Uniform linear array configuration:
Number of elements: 4
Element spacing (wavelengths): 0.75
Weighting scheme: binomial
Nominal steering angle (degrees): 15
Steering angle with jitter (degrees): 15.093
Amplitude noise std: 0.05
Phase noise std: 0.05

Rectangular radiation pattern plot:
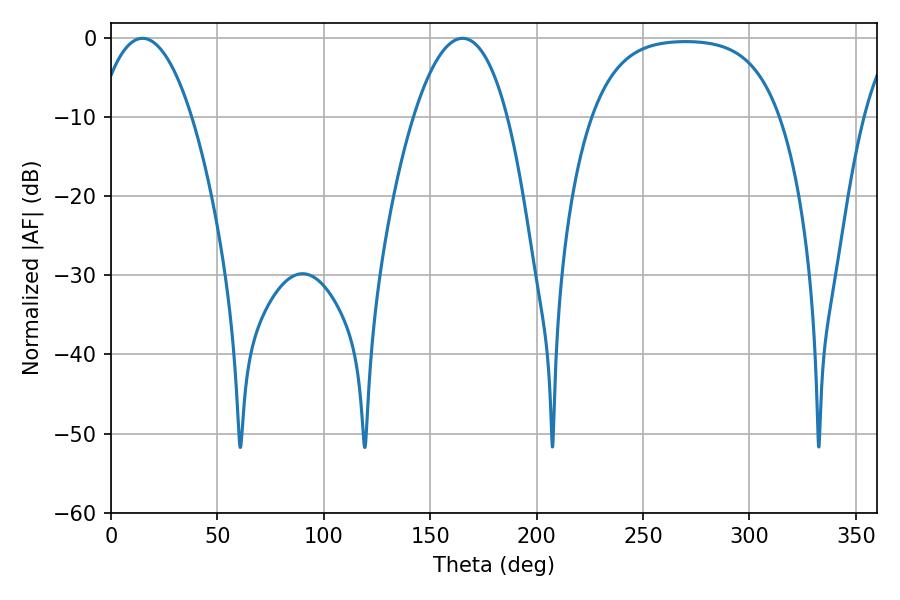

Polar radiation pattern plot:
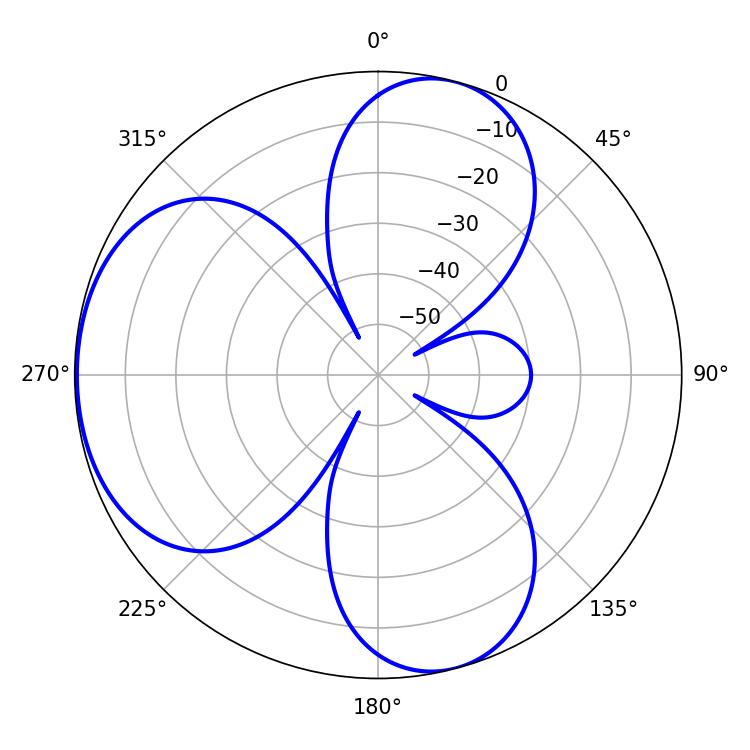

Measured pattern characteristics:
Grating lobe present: TRUE
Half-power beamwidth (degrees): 24.48
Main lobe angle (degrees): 14.76